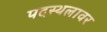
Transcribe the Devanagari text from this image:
पदस्थलावर